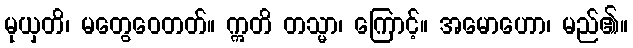
မုယှတိ၊ မတွေဝေတတ်။ ဣတိ တသ္မာ၊ ကြောင့်။ အမောဟော၊ မည်၏။